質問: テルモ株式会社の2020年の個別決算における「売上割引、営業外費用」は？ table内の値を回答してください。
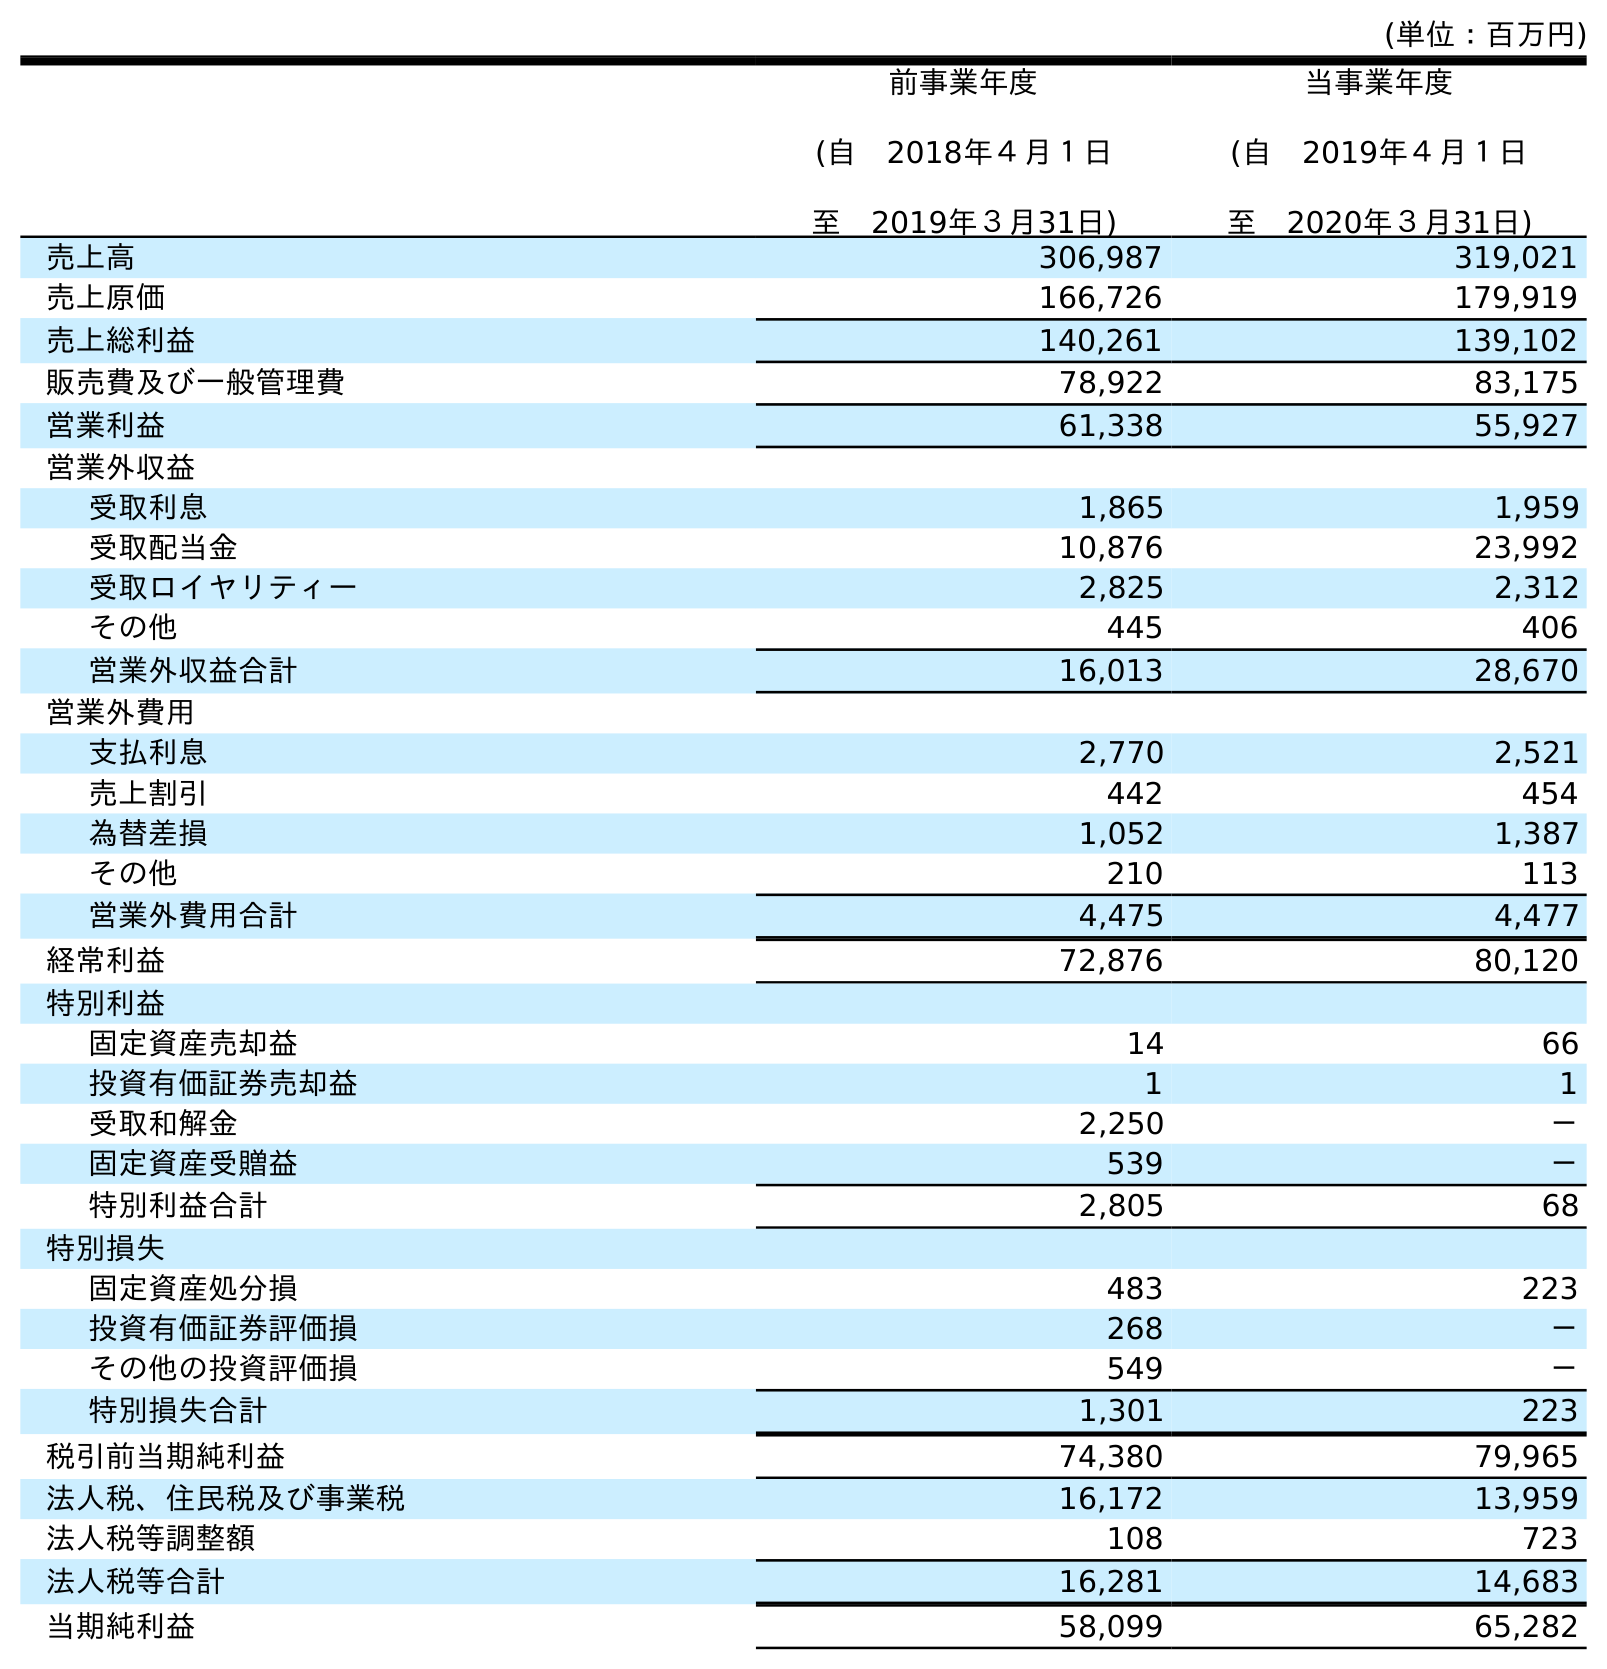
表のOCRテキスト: (単位：百万円) 前事業年度 (自 2018年４月１日 至 2019年３月31日) 当事業年度 (自 2019年４月１日 至 2020年３月31日) 売上高 306,987 319,021 売上原価 166,726 179,919 売上総利益 140,261 139,102 販売費及び一般管理費 78,922 83,175 営業利益 61,338 55,927 営業外収益 受取利息 1,865 1,959 受取配当金 10,876 23,992 受取ロイヤリティー 2,825 2,312 その他 445 406 営業外収益合計 16,013 28,670 営業外費用 支払利息 2,770 2,521 売上割引 442 454 為替差損 1,052 1,387 その他 210 113 営業外費用合計 4,475 4,477 経常利益 72,876 80,120 特別利益 固定資産売却益 14 66 投資有価証券売却益 1 1 受取和解金 2,250 － 固定資産受贈益 539 － 特別利益合計 2,805 68 特別損失 固定資産処分損 483 223 投資有価証券評価損 268 － その他の投資評価損 549 － 特別損失合計 1,301 223 税引前当期純利益 74,380 79,965 法人税、住民税及び事業税 16,172 13,959 法人税等調整額 108 723 法人税等合計 16,281 14,683 当期純利益 58,099 65,282
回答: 454